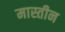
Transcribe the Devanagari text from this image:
मास्तीन